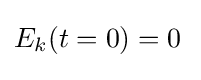
E_{k}(t=0)=0{\frac {}{}}